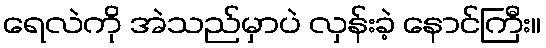
ရေလဲကို အဲသည်မှာပဲ လှန်းခဲ့ နောင်ကြီး။